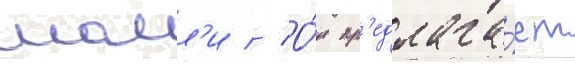
молл'и // О́н пр'едлага́ет